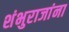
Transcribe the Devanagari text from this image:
शंभुराजांना